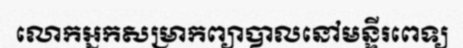
លោកអ្នកសម្រាកព្យាបាលនៅមន្ទីរពេទ្យ